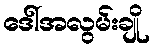
ဒေါ်အလွမ်းချို